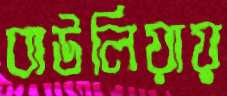
বাউলিয়ায়